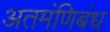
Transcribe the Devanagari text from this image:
अतमंणिबंध